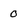
Character: 0